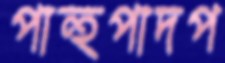
পান্হপাদপ